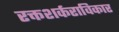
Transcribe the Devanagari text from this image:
रक्तशर्कराविकार